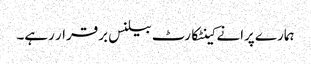
ہمارے پرانے کینٹکارٹ بیلنس برقرار رہے۔